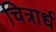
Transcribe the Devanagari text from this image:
चित्रार्ध